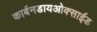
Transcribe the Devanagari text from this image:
कार्बनडायओक्साईड